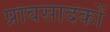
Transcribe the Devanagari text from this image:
प्रावसादकों